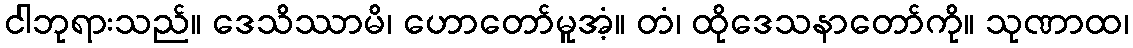
ငါဘုရားသည်။ ဒေသိဿာမိ၊ ဟောတော်မူအံ့။ တံ၊ ထိုဒေသနာတော်ကို။ သုဏာထ၊